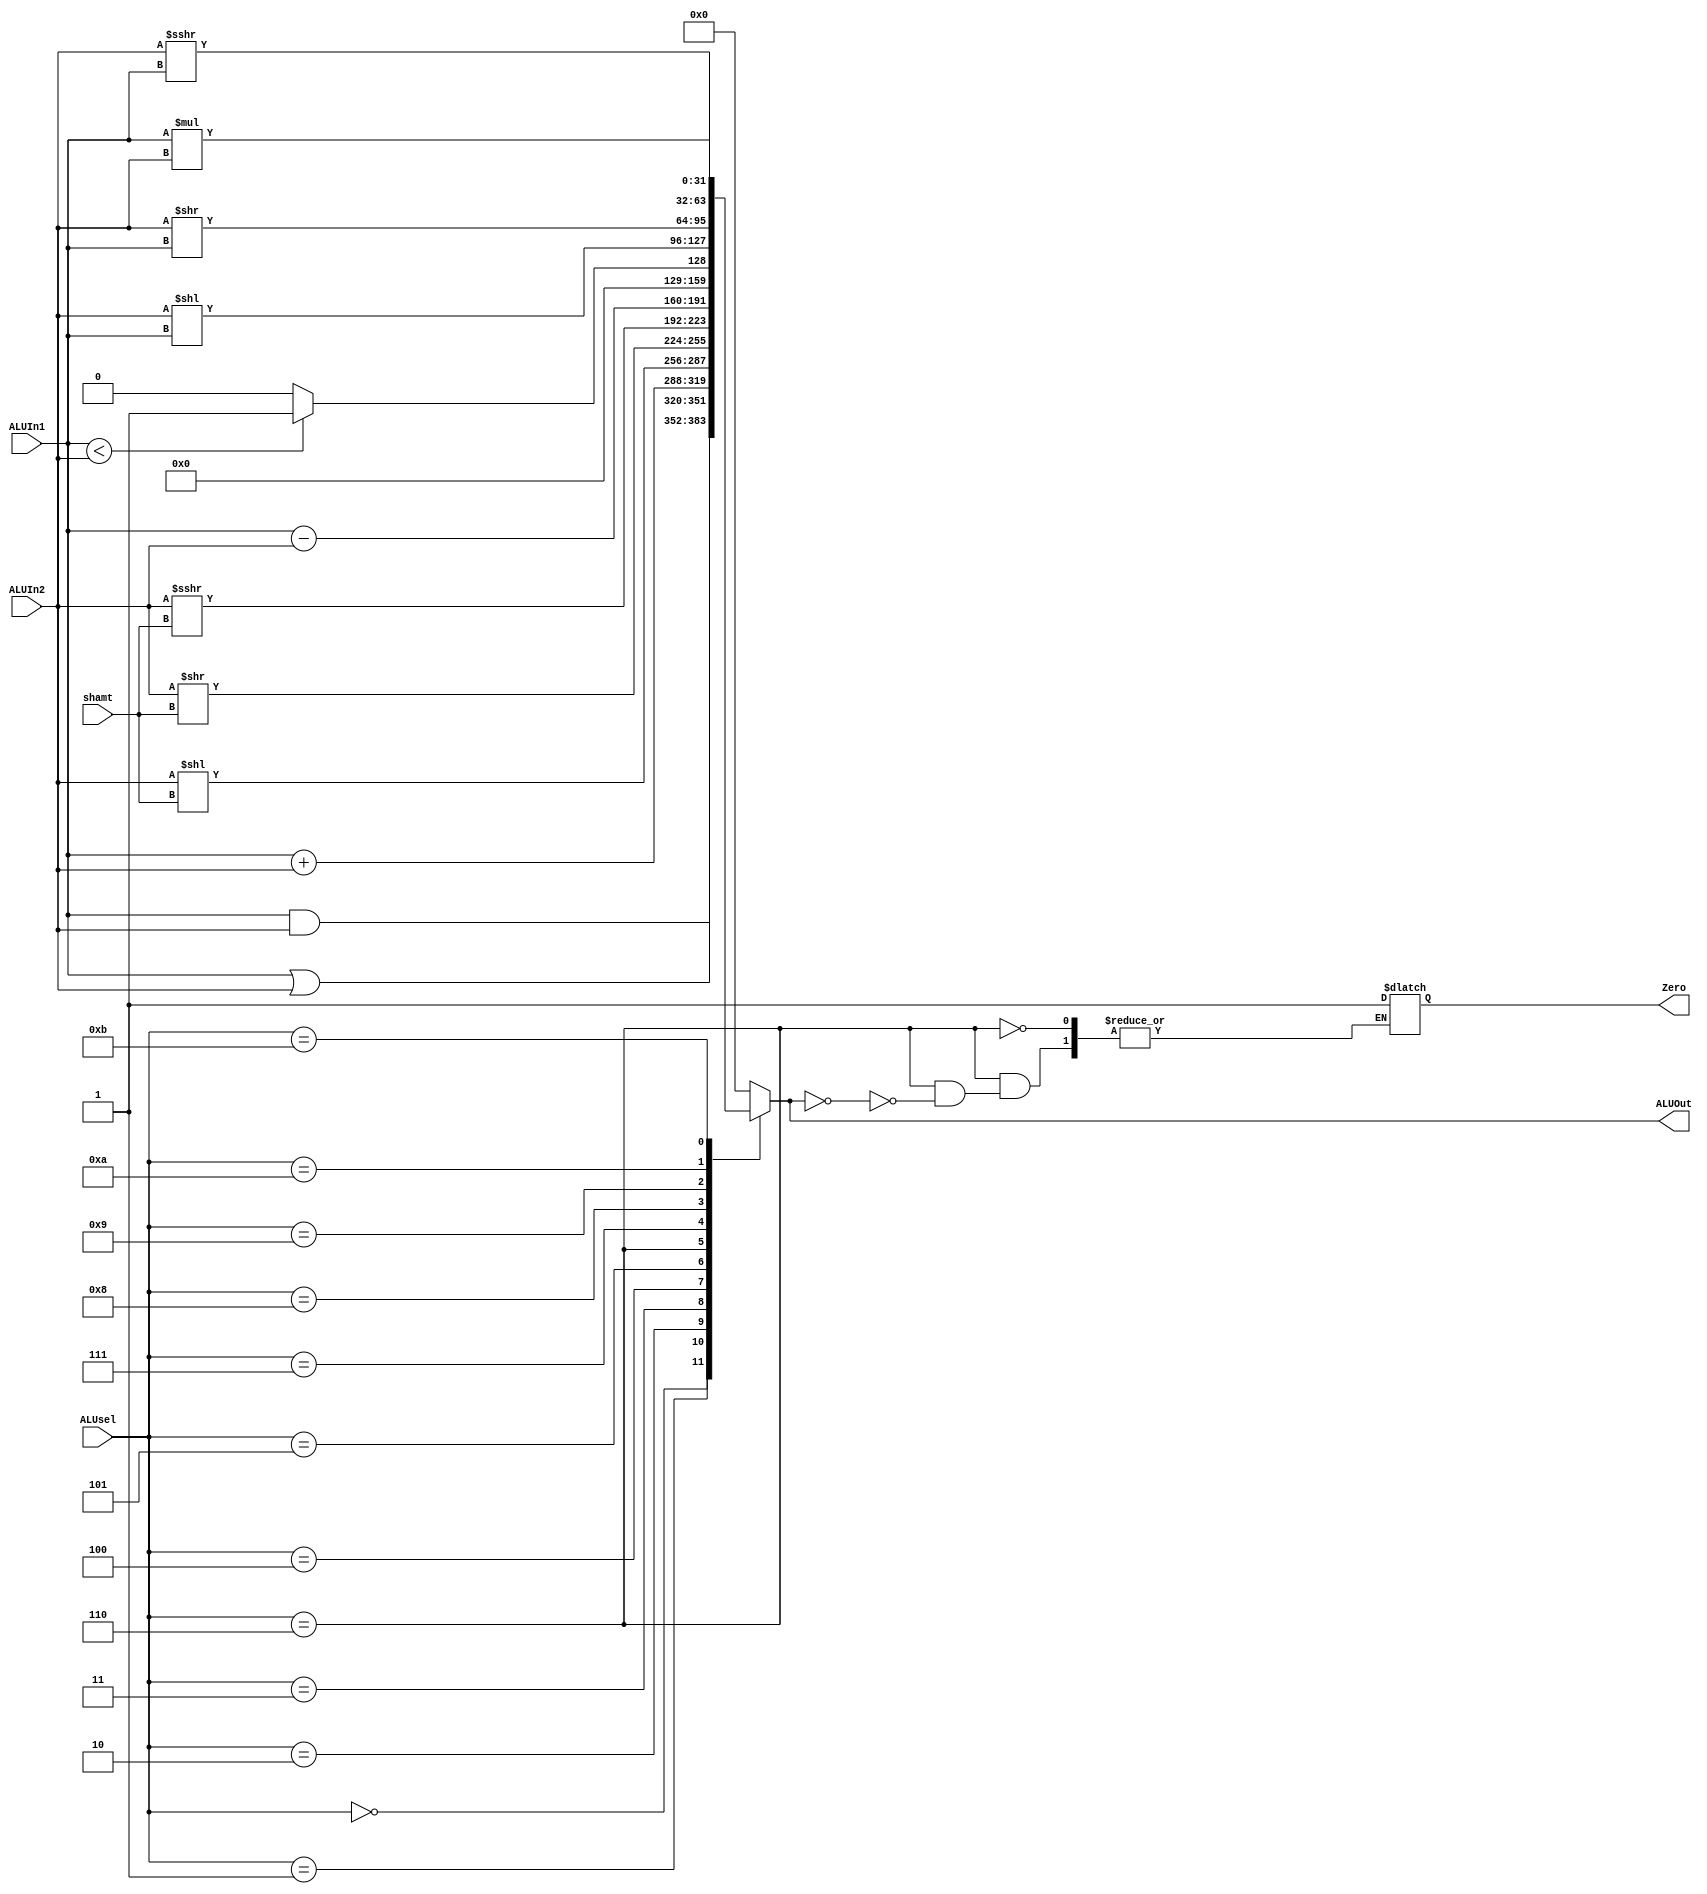
`timescale 1ns / 1ps
//////////////////////////////////////////////////////////////////////////////////
// Company: 
// Engineer: 
// 
// Design Name: 
// Module Name: ALU
// Project Name: 
// Target Devices: 
// Tool Versions: 
// Description: 
// 
// Dependencies: 
// 
// Revision:
// Revision 0.01 - File Created
// Additional Comments:
// 
//////////////////////////////////////////////////////////////////////////////////


module ALU #(parameter WL = 32, sel=4)
(input [WL-1:0] ALUIn1,ALUIn2,
input [4:0] shamt,//shift amount     
input [sel-1:0] ALUsel,
output reg signed [WL-1:0] ALUOut, 
output reg Zero); 
reg [WL-1:0] Result;
/*wire[WL:0] tmp;
assign tmp = ALUIn1 - ALUIn2; //detects if ALUIn1 and ALUIn2 are the same */
always @(*) begin
Zero <= 1'b0;
/*if(tmp==0) begin
Zero<=1'b1;
end
if(tmp!=0)begin
Zero<=1'b0;
end*/
    case (ALUsel)
    4'b0000: 
        Result <= ALUIn1 & ALUIn2; 
    4'b0001:
        Result <= ALUIn1 | ALUIn2;
    4'b0010:
        Result <= ALUIn1+ALUIn2;
    4'b0011:
        Result <= ALUIn2<<shamt; 
    4'b0100:
        Result <= ALUIn2>>shamt; 
    4'b0101:
        Result <= ALUIn2>>>shamt; 
    4'b0110: begin
        Result <= ALUIn1 - ALUIn2;
        if(Result == 0)
         Zero = 1'b1;
        end
    4'b0111: begin
        if(ALUIn1<ALUIn2)begin
           Result = 1;
           end
           else begin
           Result = 0;
           end
        end
    4'b1000:
        Result <= ALUIn2<<ALUIn1;
    4'b1001:
        Result <= ALUIn2>>ALUIn1;
    4'b1010:
        Result <= (ALUIn2>>>ALUIn1); 
    4'b1011: 
        Result <= ALUIn1*ALUIn2;
    default: 
        Result <= 32'h00000000;
    endcase
     ALUOut = Result;
    end 
endmodule